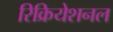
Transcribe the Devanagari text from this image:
रिक्रियेशनल